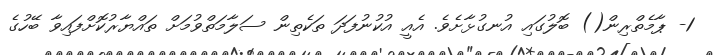
1- ޕާމެތްރިން() ބޮލުގައި އުނގުޅާށެވެ. އެއީ އުކުނުފަދަ ތަކެތިން ސަލާމަތްވުމަށް ތައްޔާރުކޮށްފައިވާ ބޭހުގެ